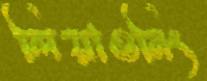
লিয়াওনিং